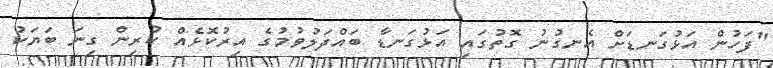
"ފަހުން އަޅުގަނޑަށް އެނގުނު ގޮތުގައި އަޅުގަނޑާ ބައްދަލުވުމުގެ އިރުކޮޅެއް ކުރިން ގިނަ ބަޔަކު